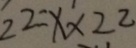
2 2 = x \times 2 2